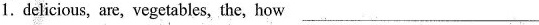
1. delicious, are, vegetables, the, how ___